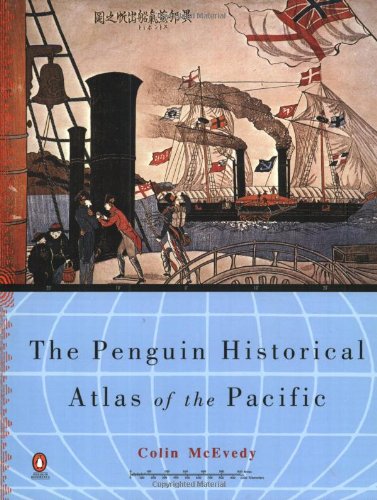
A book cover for The Penguin Historical Atlas of the Pacific (Hist Atlas); History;